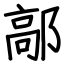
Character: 鄗